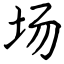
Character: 场